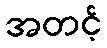
အတင့်